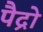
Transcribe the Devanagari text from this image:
पैद्रो